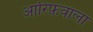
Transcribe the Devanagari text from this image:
आरिफ़वाला